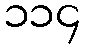
၁၁၄